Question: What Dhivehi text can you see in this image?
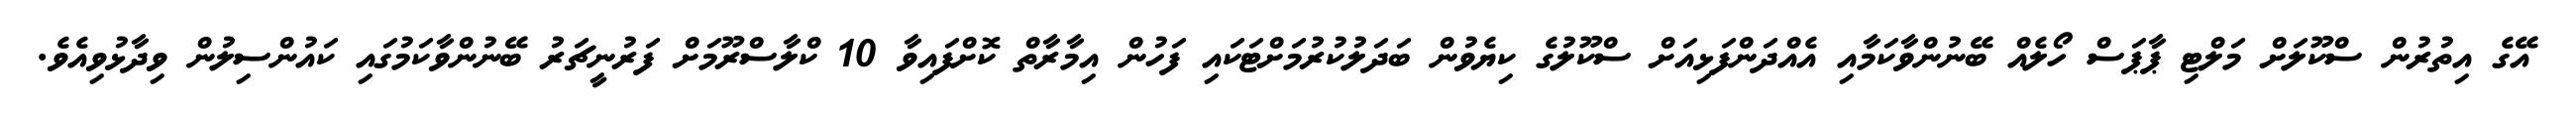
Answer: އޭގެ އިތުރުން ސްކޫލަށް މަލްޓި ޕާޕަސް ހޯލެއް ބޭނުންވާކަމާއި އެއްދަންފަޅިއަށް ސްކޫލުގެ ކިޔެވުން ބަދަލުކުރުމަށްޓަކައި ފަހުން އިމާރާތް ކޮށްފައިވާ 10 ކްލާސްރޫމަށް ފަރުނީޗަރު ބޭނުންވާކަމުގައި ކައުންސިލުން ވިދާޅުވިއެވެ.